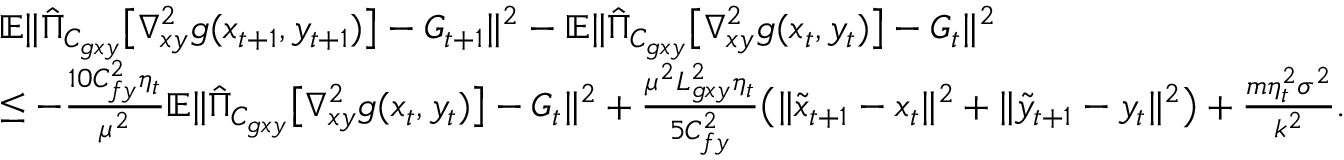
\begin{array} { r l } & { \mathbb { E } \| \hat { \Pi } _ { C _ { g x y } } \big [ \nabla _ { x y } ^ { 2 } g ( x _ { t + 1 } , y _ { t + 1 } ) \big ] - G _ { t + 1 } \| ^ { 2 } - \mathbb { E } \| \hat { \Pi } _ { C _ { g x y } } \big [ \nabla _ { x y } ^ { 2 } g ( x _ { t } , y _ { t } ) \big ] - G _ { t } \| ^ { 2 } } \\ & { \leq - \frac { 1 0 C _ { f y } ^ { 2 } \eta _ { t } } { \mu ^ { 2 } } \mathbb { E } \| \hat { \Pi } _ { C _ { g x y } } \big [ \nabla _ { x y } ^ { 2 } g ( x _ { t } , y _ { t } ) \big ] - G _ { t } \| ^ { 2 } + \frac { \mu ^ { 2 } L _ { g x y } ^ { 2 } \eta _ { t } } { 5 C _ { f y } ^ { 2 } } \big ( \| \tilde { x } _ { t + 1 } - x _ { t } \| ^ { 2 } + \| \tilde { y } _ { t + 1 } - y _ { t } \| ^ { 2 } \big ) + \frac { m \eta _ { t } ^ { 2 } \sigma ^ { 2 } } { k ^ { 2 } } . } \end{array}